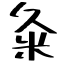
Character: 粂